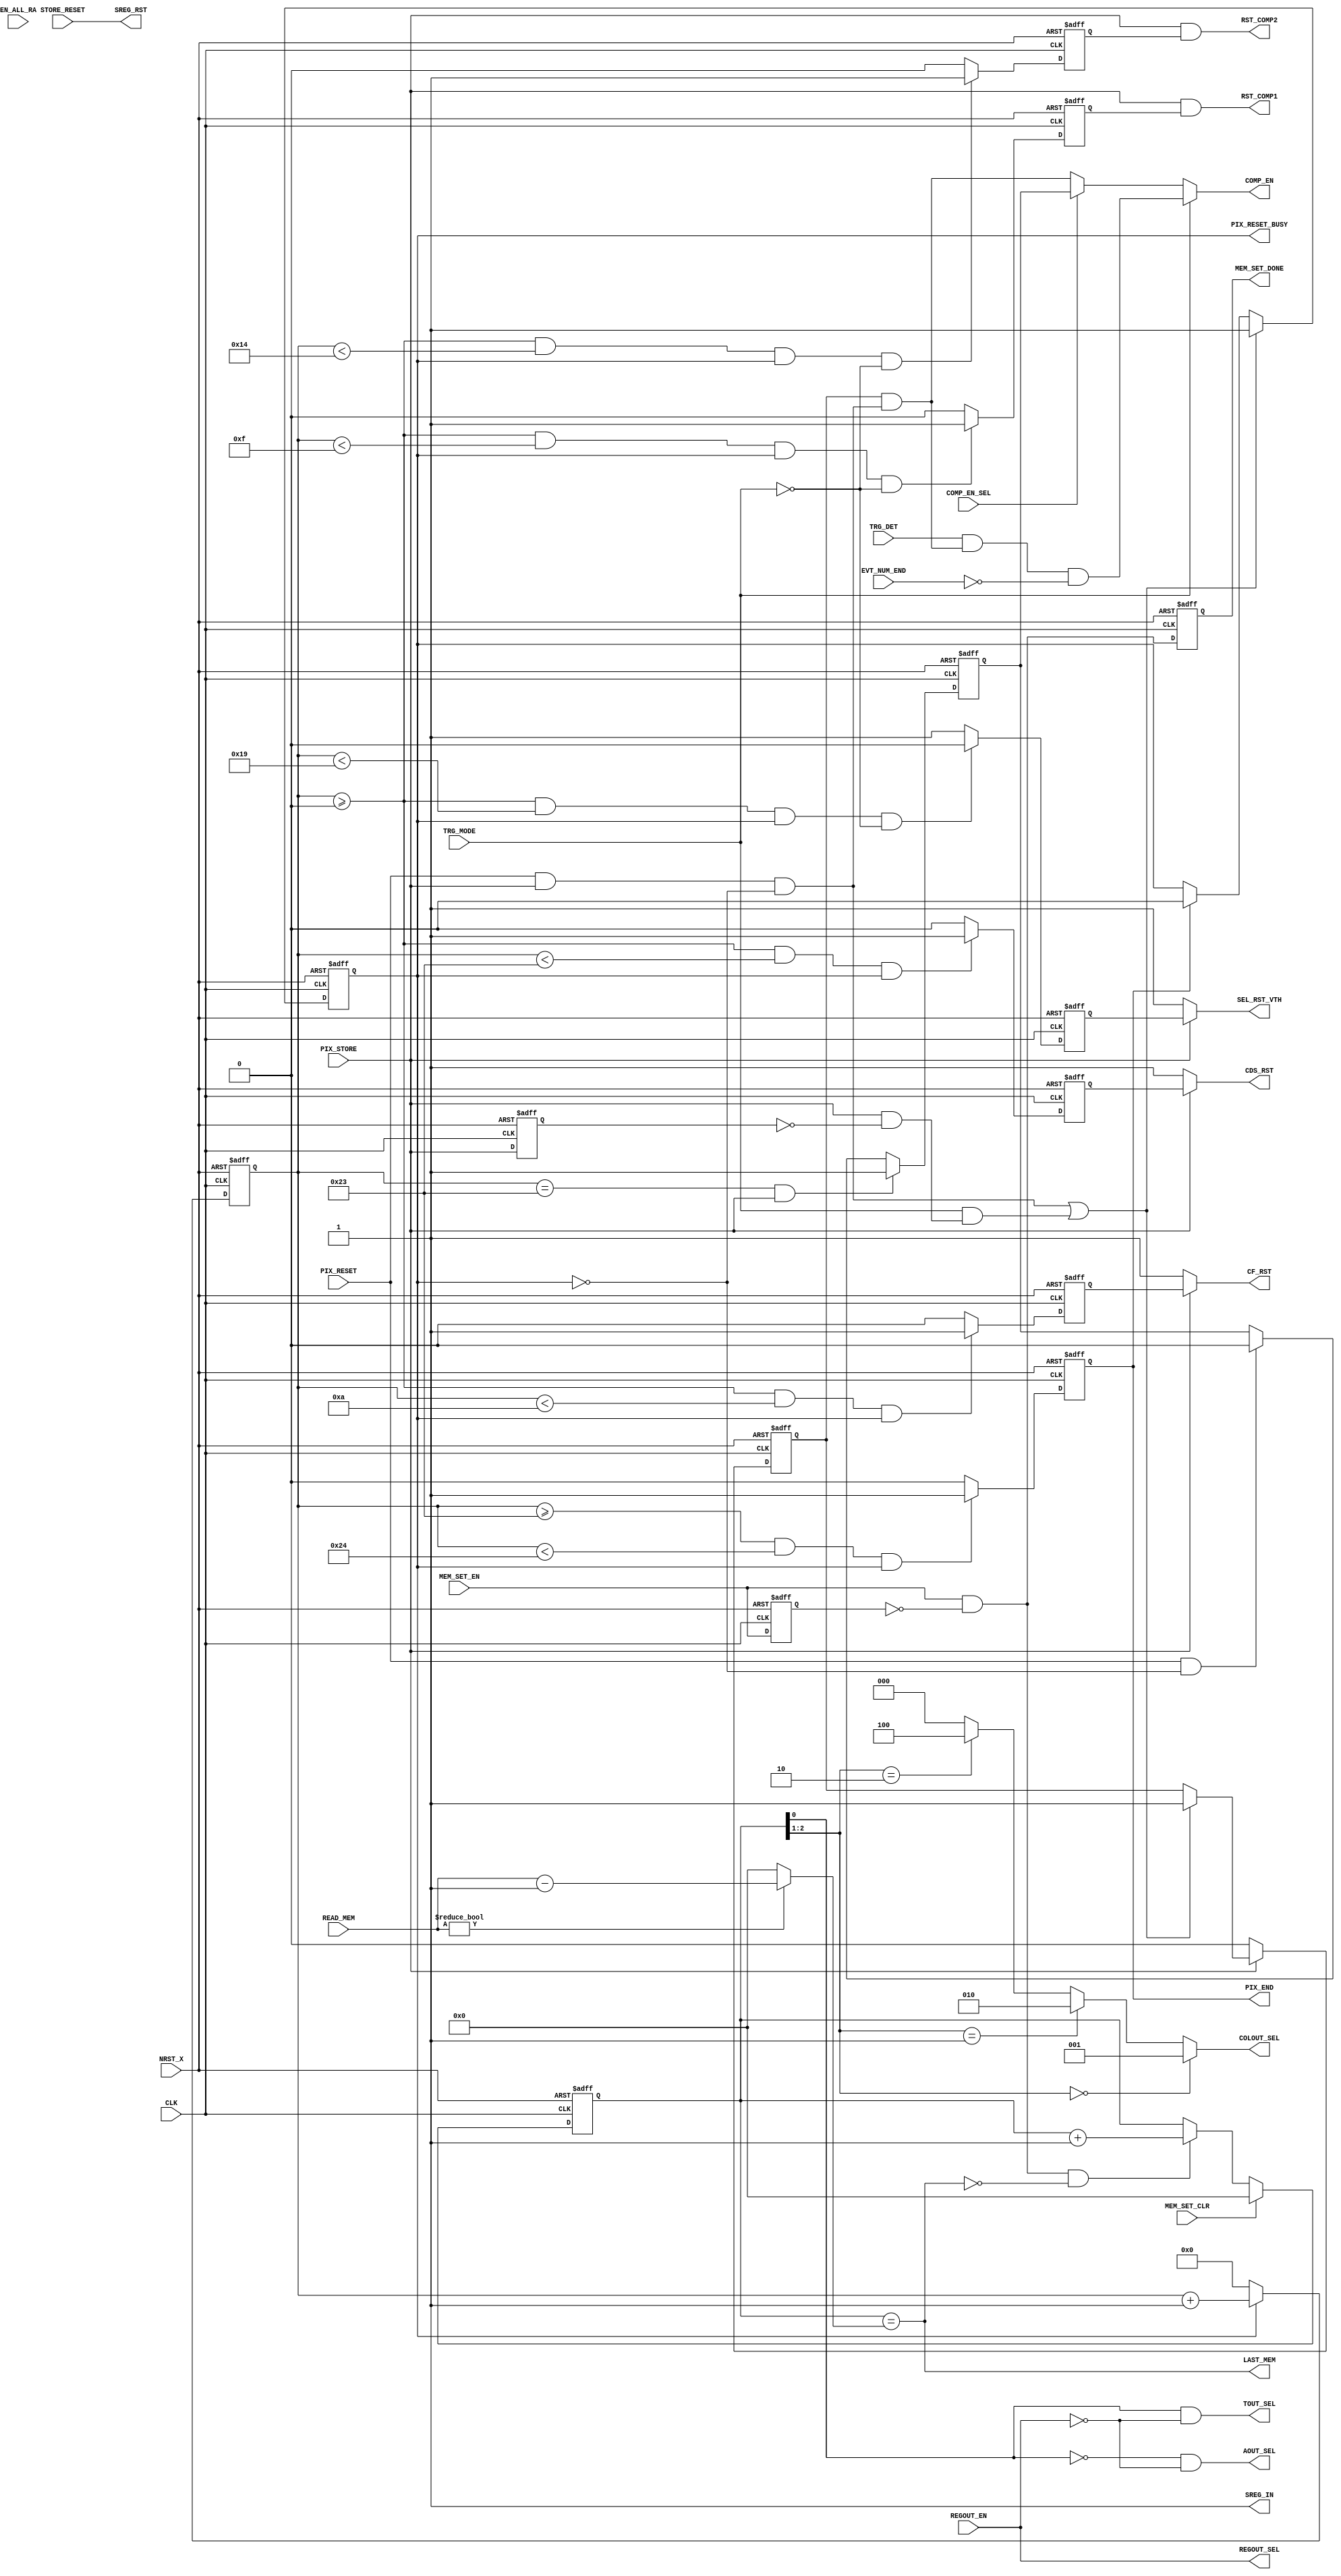
//
// Module      : PIXEL_CONTROL
// Ver.        : 20190127
// Last Update : 2019/01/27
// Comment     : Add External trigger mode (TRG_MODE)
//


/* verilator lint_off ASSIGNDLY */
/* verilator lint_off UNSIGNED */

`timescale 1ps/1ps
`define DELAY_UNIT 1 

module PIXEL_CONTROL (
                        CLK,
                        NRST_X,
                        EN_ALL_RA,
                        PIX_RESET,
                        PIX_STORE,
                        STORE_RESET,
                        COMP_EN_SEL,
                        MEM_SET_EN,
                        MEM_SET_CLR,
                        REGOUT_EN,
                        READ_MEM,
                        TRG_MODE,
                        TRG_DET,
                        EVT_NUM_END,
                        CF_RST,     
                        CDS_RST, 
                        RST_COMP1,
                        RST_COMP2,
                        COMP_EN, 
                        SEL_RST_VTH,
                        PIX_RESET_BUSY,
                        SREG_IN,
                        SREG_RST,
                        PIX_END,
                        MEM_SET_DONE,
                        AOUT_SEL,
                        TOUT_SEL,
                        REGOUT_SEL,
                        COLOUT_SEL,
                        LAST_MEM
                   ) ;
             
    input         CLK ; // 25 MHz
    input         NRST_X ;
    
    input         EN_ALL_RA ;
    input         PIX_RESET ;
    input         PIX_STORE ;
    input         STORE_RESET ;
    input         COMP_EN_SEL ;
    input         MEM_SET_EN ;
    input         MEM_SET_CLR ;
    input         REGOUT_EN ;
    input   [3:0] READ_MEM ;
    input         TRG_MODE ;
    input         TRG_DET  ;
    input         EVT_NUM_END ;
    
    output        CF_RST ;
    output        CDS_RST; 
    output        RST_COMP1;
    output        RST_COMP2;
    output        COMP_EN;  
    output        SEL_RST_VTH ;
    
    output        PIX_RESET_BUSY ;
    output        SREG_IN ;
    output        SREG_RST ;
    output        PIX_END ;
    
    output        MEM_SET_DONE ;
    output        AOUT_SEL ;
    output        TOUT_SEL ;
    output        REGOUT_SEL ;
    output  [2:0] COLOUT_SEL ;
    output        LAST_MEM ;
    
    
    reg          pix_run_en_r;
    reg          pix_end_r;

    reg          cf_rst_r;
    reg          cds_rst_r;
    reg          rst_comp1_r;
    reg          rst_comp2_r;
    reg          comp_en_always_r;
    //reg          comp_en_sync_r ;
    reg          rst_vth_r ;
    
    reg   [7:0]  pix_cnt_r; //  40n x 256 = 10180 ns
    reg          comp_en_mask_r ;
    reg          mem_set_r ;
    reg   [3:0]  mem_set_cnt_r ;
    reg          mem_set_end_r ;
    reg          pix_store_r ;
    
    wire         pix_reset_mask ;
    wire         reset_start ;
    wire  [2:0]  colout_dec ;
    //wire         last_mem ;
    wire  [3:0]  last_mem_cnt ;
    wire         mem_set_pedge ;
    
    wire         pix_store_pedge ;

    wire         comp_en_sync ;
 
    parameter DELAY = `DELAY_UNIT ;  

    // Timing chart
    /*
    // short chart: 440ns
    parameter CF_RST_START = 8'd0 ; // 0 ns
    parameter CF_RST_WIDTH = 8'd3 ; // 120 ns 
    
    parameter CF_RST_END = CF_RST_START + CF_RST_WIDTH;

    parameter RST_COMP1_WIDTH = 8'd4 ; // 160 ns
    parameter RST_COMP1_END   = CF_RST_START + RST_COMP1_WIDTH;
 
    parameter RST_COMP2_WIDTH = 8'd5 ; // 200 ns
    parameter RST_COMP2_END   = CF_RST_START + RST_COMP2_WIDTH;

    parameter RST_VTH_WIDTH   = 8'd6 ; // 240 ns
    parameter RST_VTH_END     = CF_RST_START + RST_VTH_WIDTH ;

    parameter CDS_RST_WIDTH   = 8'd11 ; // 440 ns
    parameter CDS_RST_END     = CF_RST_START + CDS_RST_WIDTH; 
    */
    /*
    // short chart: 720ns
    parameter CF_RST_START = 8'd0 ; // 0 ns
    parameter CF_RST_WIDTH = 8'd5 ; // 200 ns
    parameter CF_RST_END = CF_RST_START + CF_RST_WIDTH;

    parameter RST_COMP1_WIDTH = 8'd6 ; // 240 ns
    parameter RST_COMP1_END   = CF_RST_START + RST_COMP1_WIDTH;
 
    parameter RST_COMP2_WIDTH = 8'd7 ; // 280 ns
    parameter RST_COMP2_END   = CF_RST_START + RST_COMP2_WIDTH;

    parameter RST_VTH_WIDTH   = 8'd8 ; // 320 ns
    parameter RST_VTH_END     = CF_RST_START + RST_VTH_WIDTH ;

    parameter CDS_RST_WIDTH   = 8'd18 ; // 720 ns
    parameter CDS_RST_END     = CF_RST_START + CDS_RST_WIDTH; 
   
*/
   
    // long chart: 1400ns
    
    parameter CF_RST_START = 8'd0; // 
    parameter CF_RST_WIDTH = 8'd10; // 400ns
    parameter CF_RST_END = CF_RST_START + CF_RST_WIDTH;

    parameter RST_COMP1_WIDTH = 8'd15; // 600 ns
    parameter RST_COMP1_END   = CF_RST_START + RST_COMP1_WIDTH;
 
    parameter RST_COMP2_WIDTH = 8'd20; // 800 ns
    parameter RST_COMP2_END   = CF_RST_START + RST_COMP2_WIDTH;

    parameter RST_VTH_WIDTH   = 8'd25; // 1000 ns
    parameter RST_VTH_END     = CF_RST_START + RST_VTH_WIDTH ;

    parameter CDS_RST_WIDTH   = 8'd35; // 1400 ns
    parameter CDS_RST_END     = CF_RST_START + CDS_RST_WIDTH; 
    
   
  /*
    // long long chart: 2100ns
    
    parameter CF_RST_START = 8'd0; // 
    parameter CF_RST_WIDTH = 8'd15; // 600ns
    parameter CF_RST_END = CF_RST_START + CF_RST_WIDTH;

    parameter RST_COMP1_WIDTH = 8'd22; // 880 ns
    parameter RST_COMP1_END   = CF_RST_START + RST_COMP1_WIDTH;
 
    parameter RST_COMP2_WIDTH = 8'd30; // 1200 ns
    parameter RST_COMP2_END   = CF_RST_START + RST_COMP2_WIDTH;

    parameter RST_VTH_WIDTH   = 8'd37; // 1480 ns
    parameter RST_VTH_END     = CF_RST_START + RST_VTH_WIDTH ;

    parameter CDS_RST_WIDTH   = 8'd52; // 2080 ns
    parameter CDS_RST_END     = CF_RST_START + CDS_RST_WIDTH; 
    */
  

/*
    parameter COMP_EN_START   = 8'd97 ; // 3880 ns
    parameter COMP_EN_WIDTH   = 8'd1  ; // 40 ns
    parameter COMP_EN_END     = COMP_EN_START + COMP_EN_WIDTH; 
*/     
    
    parameter PIX_END_START   = CDS_RST_END ; 
    parameter PIX_END_WIDTH   = 8'd1  ; // 40 ns
    parameter PIX_END_END     = PIX_END_START + PIX_END_WIDTH;

    //parameter N_READ_MEM      = 4'd2 ; // number of read memories
    
    //    
    // STORE and reset
    always @(posedge CLK or negedge NRST_X) begin
        if(!NRST_X)
            pix_store_r <= #DELAY 1'b0 ;
        else 
            pix_store_r <= #DELAY PIX_STORE ;
    end
    
    assign #DELAY pix_store_pedge = PIX_STORE & ~pix_store_r ;


    assign #DELAY pix_reset_mask = PIX_RESET & PIX_STORE & ~PIX_RESET_BUSY ; 
    assign #DELAY reset_start    = pix_reset_mask | ( TRG_MODE & pix_store_pedge ) ; 
    
    //
    // Pixel run and Counter
    
    always @(posedge CLK or negedge NRST_X) begin
        if(!NRST_X)
            pix_run_en_r <= #DELAY 1'b0;
        else if( reset_start )
            pix_run_en_r <= #DELAY 1'b1;
        else if( PIX_END )
            pix_run_en_r <= #DELAY 1'b0;
    end
    
    always @(posedge CLK or negedge NRST_X) begin
        if(!NRST_X)
            pix_cnt_r <= #DELAY 8'd0;
        else if(pix_run_en_r)
            pix_cnt_r <= #DELAY pix_cnt_r + 8'd1;
        else
            pix_cnt_r <= #DELAY 8'd0;
    end


    // CF_RST

    always @(posedge CLK or negedge NRST_X) begin
        if(!NRST_X)
            cf_rst_r <= #DELAY 1'd0;
        else if(pix_cnt_r >= CF_RST_START && pix_cnt_r < CF_RST_END && pix_run_en_r)
            cf_rst_r <= #DELAY 1'd1;
        else
            cf_rst_r <= #DELAY 1'd0;
    end


    // RST_COMP1

    always @(posedge CLK or negedge NRST_X) begin
        if(!NRST_X)
            rst_comp1_r <= #DELAY 1'd0;
        else if(pix_cnt_r >= CF_RST_START && pix_cnt_r < RST_COMP1_END && pix_run_en_r && !TRG_MODE )
            rst_comp1_r <= #DELAY 1'd1;
        else
            rst_comp1_r <= #DELAY 1'd0;
    end


    // RST_COMP2

    always @(posedge CLK or negedge NRST_X) begin
        if(!NRST_X)
            rst_comp2_r <= #DELAY 1'd0;
        else if(pix_cnt_r >= CF_RST_START && pix_cnt_r < RST_COMP2_END && pix_run_en_r && !TRG_MODE )
            rst_comp2_r <= #DELAY 1'd1;
        else
            rst_comp2_r <= #DELAY 1'd0;
    end

    // SEL_RST_VTH 
    always @(posedge CLK or negedge NRST_X) begin
        if(!NRST_X)
            rst_vth_r <= #DELAY 1'd1 ;
        else if(pix_cnt_r >= CF_RST_START && pix_cnt_r < RST_VTH_END  && pix_run_en_r && !TRG_MODE )
            rst_vth_r <= #DELAY 1'd0 ;
        else
            rst_vth_r <= #DELAY 1'd1 ;
    end    


    // CDS_RST

    always @(posedge CLK or negedge NRST_X) begin
        if(!NRST_X)
            cds_rst_r <= #DELAY 1'd0;
        else if(pix_cnt_r >= CF_RST_START && pix_cnt_r < CDS_RST_END && pix_run_en_r)
            cds_rst_r <= #DELAY 1'd1;
        else
            cds_rst_r <= #DELAY 1'd0;
    end


    // COMP_EN 
        
    // COMP EN always on when not CDS_RST
    always @(posedge CLK or negedge NRST_X) begin
        if(!NRST_X)
            comp_en_always_r <= #DELAY 1'd0;
 /*       else if ( COMP_EN_SEL && !TRG_MODE ) begin
            if ( pix_cnt_r == CDS_RST_END && PIX_STORE )
                comp_en_always_r <= #DELAY 1'd1;
            else if ( PIX_RESET && ~pix_run_en_r )
                comp_en_always_r <= #DELAY 1'd0;        
        end*/
        else if ( pix_cnt_r == CDS_RST_END && PIX_STORE )
                comp_en_always_r <= #DELAY 1'd1;
        else if ( PIX_RESET && ~pix_run_en_r )
                comp_en_always_r <= #DELAY 1'd0;        
    end

    
    //COMP_EN pulse with reset sync
    always @(posedge CLK or negedge NRST_X) begin
        if(!NRST_X)
            comp_en_mask_r <= #DELAY 1'b0 ;
        else if ( ~PIX_STORE )
            comp_en_mask_r <= #DELAY 1'b0 ;    
        else if ( reset_start )
            comp_en_mask_r <= #DELAY 1'b1 ;
    end

    /*
    always @(posedge CLK or negedge NRST_X) begin
        if(!NRST_X)
            comp_en_sync_r <= #DELAY 1'd0;
        else if ( !COMP_EN_SEL || TRG_MODE  ) begin
            if ( comp_en_mask_r & pix_reset_mask )
                comp_en_sync_r <= #DELAY 1'd1;
            else 
                comp_en_sync_r <= #DELAY 1'd0;        
        end
    end
    */
    
    //assign #DELAY comp_en_sync = ( !COMP_EN_SEL || TRG_MODE ) ? comp_en_mask_r & pix_reset_mask : 1'b0 ;
    assign #DELAY comp_en_sync = comp_en_mask_r & pix_reset_mask ;


    // PIX_END
    always @(posedge CLK or negedge NRST_X) begin
        if(!NRST_X)
            pix_end_r <= #DELAY 1'b0;
        else if(pix_cnt_r >= PIX_END_START && pix_cnt_r < PIX_END_END && pix_run_en_r)
            pix_end_r <= #DELAY 1'b1;
        else
            pix_end_r <= #DELAY 1'b0;
    end

    //
    // Readout memory
    // mem_set_cnt_r[0]; 0:AOUT, 1:TOUT
    //    if REG_OUT_EN = High, AOUT/TOUT_SEL = Low
    // mem_set_cnt_r[2:1]; COLOUT_SEL
    
    
    always @(posedge CLK or negedge NRST_X) begin
        if(!NRST_X)
            mem_set_r <= #DELAY 1'b0 ;
        else 
            mem_set_r <= #DELAY MEM_SET_EN ;
    end
  
    assign #DELAY mem_set_pedge = MEM_SET_EN & ~mem_set_r ;
    
    always @(posedge CLK or negedge NRST_X) begin
        if(!NRST_X)
            mem_set_cnt_r <= #DELAY 4'd0 ;
        else if ( MEM_SET_CLR )
            mem_set_cnt_r <= #DELAY 4'd0 ;
        else if ( mem_set_pedge && !LAST_MEM ) 
            mem_set_cnt_r <= #DELAY mem_set_cnt_r + 4'd1 ;
    end

    always @(posedge CLK or negedge NRST_X) begin
        if(!NRST_X)
            mem_set_end_r <= #DELAY 1'b0 ;
        else 
        
        
        
            mem_set_end_r <= #DELAY mem_set_pedge ;
    end

    // Last number of Memory counter 
//    assign #DELAY last_mem_cnt = ( TRG_MODE == 1'b1 ) ? 1'b0 : 
//                                 ( READ_MEM != 4'd0 ) ? READ_MEM - 4'd1 : 4'd0 ;    
    assign #DELAY last_mem_cnt = ( READ_MEM != 4'd0 ) ? READ_MEM - 4'd1 : 4'd0 ;     

    assign #DELAY colout_dec = ( mem_set_cnt_r[2:1] == 2'd0 ) ? 3'b001 :
                               ( mem_set_cnt_r[2:1] == 2'd1 ) ? 3'b010 :
                               ( mem_set_cnt_r[2:1] == 2'd2 ) ? 3'b100 : 3'b000 ;
    
    
    //
    // Output

    assign #DELAY CF_RST      = ( PIX_STORE ) ? cf_rst_r  : 1'b1 ; 
    assign #DELAY CDS_RST     = ( PIX_STORE ) ? cds_rst_r : 1'b1 ; 
    assign #DELAY RST_COMP1   = ( PIX_STORE & rst_comp1_r ) ;
    assign #DELAY RST_COMP2   = ( PIX_STORE & rst_comp2_r ) ;
    assign #DELAY SEL_RST_VTH = ( PIX_STORE ) ? rst_vth_r : 1'b1 ;
    //assign #DELAY COMP_EN     = ( COMP_EN_SEL && !TRG_MODE ) ? comp_en_always_r : comp_en_sync_r ;
    assign #DELAY COMP_EN     = ( TRG_MODE == 1'b1 ) ? TRG_DET & comp_en_sync & ~EVT_NUM_END :
                                ( COMP_EN_SEL ) ? comp_en_always_r : comp_en_sync ;
                                
    assign #DELAY PIX_RESET_BUSY   = pix_run_en_r;
    assign #DELAY PIX_END      = pix_end_r;
    assign #DELAY SREG_IN      = 1'b1 ;
    assign #DELAY SREG_RST     = STORE_RESET ;
    assign #DELAY AOUT_SEL     = ( mem_set_cnt_r[0] == 1'b0 ) & ~REGOUT_EN ;
    assign #DELAY TOUT_SEL     = ( mem_set_cnt_r[0] == 1'b1 ) & ~REGOUT_EN ;
    assign #DELAY REGOUT_SEL   = REGOUT_EN ;
    assign #DELAY COLOUT_SEL   = colout_dec ;
    assign #DELAY MEM_SET_DONE = mem_set_end_r ;
    assign #DELAY LAST_MEM     = ( mem_set_cnt_r == last_mem_cnt ) ;
    
endmodule // PIXEL_CONTROL